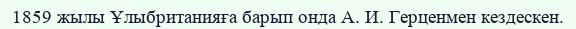
1859 жылы Ұлыбританияға барып онда А. И. Герценмен кездескен.